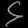
Digit: ၄